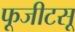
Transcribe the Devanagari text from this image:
फूजीटसू